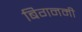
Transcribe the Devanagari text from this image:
बिगनमी